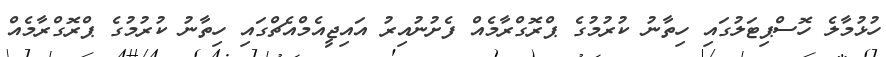
ހުޅުމާލެ ހޮސްޕިޓަލުގައި ހިތާނު ކުރުމުގެ ޕްރޮގްރާމެއް ފެށުނުއިރު އައިޖީއެމްއެޗްގައި ހިތާނު ކުރުމުގެ ޕްރޮގްރާމެއް